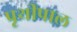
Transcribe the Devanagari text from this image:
पृथीपाल